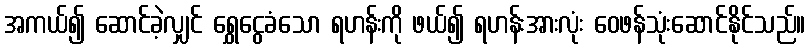
အကယ်၍ ဆောင်ခဲ့လျှင် ရွှေငွေခံသော ရဟန်းကို ဖယ်၍ ရဟန်းအားလုံး ဝေဖန်သုံးဆောင်နိုင်သည်။